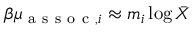
{ \beta \mu _ { \mathrm { ~ a ~ s ~ s ~ o ~ c ~ } , i } \approx m _ { i } \log \bar { X } }